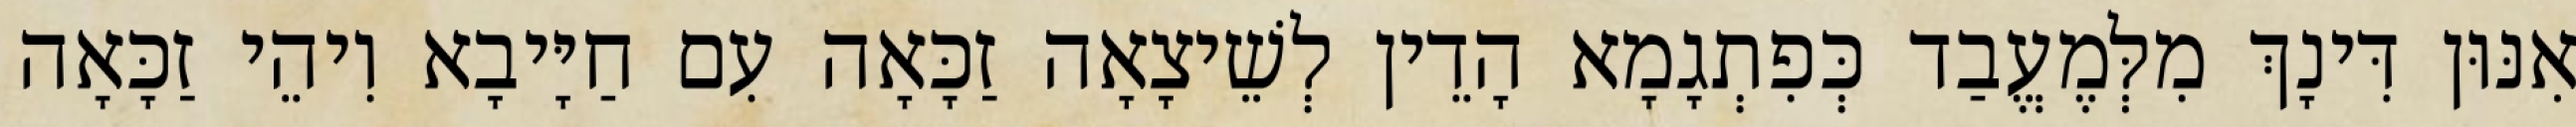
אִנּוּן דִּינָךְ מִלְּמֶעֱבַד כְּפִתְגָמָא הָדֵין לְשֵׁיצָאָה זַכָּאָה עִם חַיָּיבָא וִיהֵי זַכָּאָה